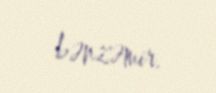
bənzəmir.